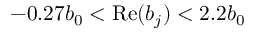
- 0 . 2 7 b _ { 0 } < \mathrm { R e } ( b _ { j } ) < 2 . 2 b _ { 0 }